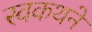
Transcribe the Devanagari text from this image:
स्वकथने